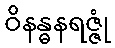
ဝိနန္ဓနရဇ္ဇုံ